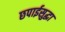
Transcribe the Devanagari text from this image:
छपाईसुद्धा